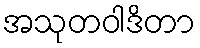
အသုတဝါဒိတာ